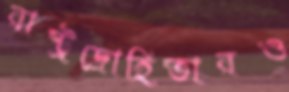
রাষ্ট্রদ্রোহিতারও